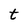
Character: t